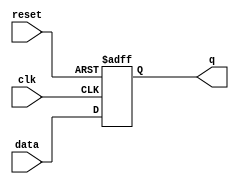
module latch (
    input wire clk,
    input wire reset,
    input wire data,
    output reg q
);

//Behavioral modeling of latch
always @(posedge clk or posedge reset)
begin
    if (reset)
        q <= 1'b0;
    else
        q <= data;
end

endmodule